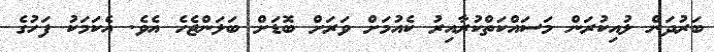
ބަރުދަން ލުއިކުރަން މަސައްކަތްކުރާއިރު ކެއުމަށް ވަރަށް ބޮޑަށް ބަލަންޖެހެ އެވެ. އެކަމަކު ފަހުގެ